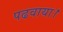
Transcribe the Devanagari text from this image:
पढवाया।